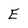
Character: E